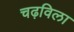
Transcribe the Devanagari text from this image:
चढ़विला